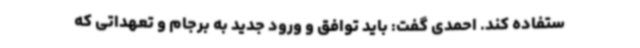
ستفاده کند. احمدی گفت: باید توافق و ورود جدید به برجام و تعهداتی که